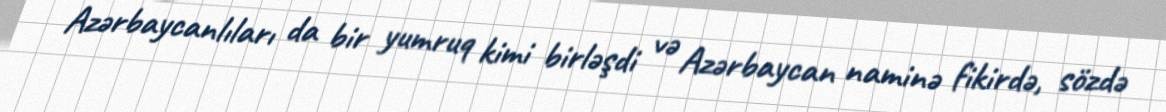
Azərbaycanlıları da bir yumruq kimi birləşdi və Azərbaycan naminə fikirdə, sözdə